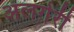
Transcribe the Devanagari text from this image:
अलगेरी